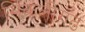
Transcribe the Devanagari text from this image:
सिकलीगढ